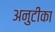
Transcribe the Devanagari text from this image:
अनुटीका